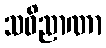
သဝိညာဏာ